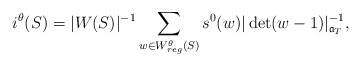
\begin{align*}i^{\theta}(S) = |W(S)|^{-1} \sum_{w \in W^{\theta}_{reg}(S)} s^{0}(w) |\det(w - 1)|_{\mathfrak{a}_{T}}^{-1},\end{align*}